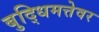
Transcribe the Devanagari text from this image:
बुद्धिमत्तेवर